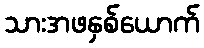
သားအဖနှစ်ယောက်